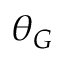
\theta _ { G }